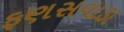
ફણસવાડા